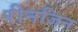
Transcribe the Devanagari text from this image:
रीनजिन